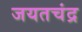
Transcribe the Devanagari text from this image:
जयतचंद्र